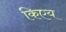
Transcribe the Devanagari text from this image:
किएय